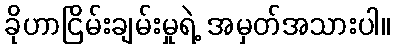
ခိုဟာငြိမ်းချမ်းမှုရဲ့ အမှတ်အသားပါ။